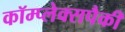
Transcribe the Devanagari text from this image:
कॉम्प्लेक्सपैकी